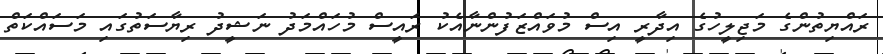
ރައްޔިތުންގެ މަޖިލީހުގެ އިދާރީ އިސް މުވައްޒަފުންނާއެކު ރައީސް މުހައްމަދު ނަޝީދު ރިޔާސަތުގައި މަސައްކަތް